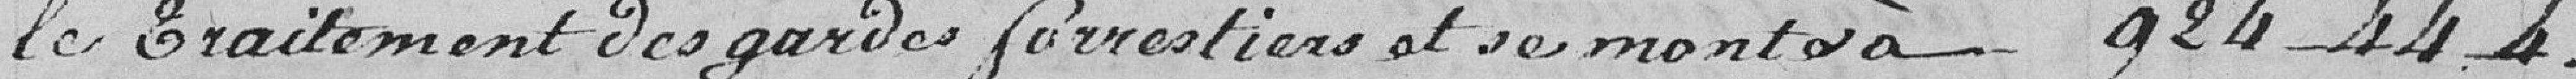
le traitement des gardes forestiers et se monte à .. 924frs---44--4